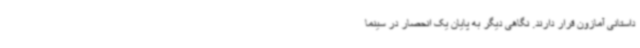
داستانی آمازون قرار دارند. نگاهی دیگر به پایان یک انحصار در سینما